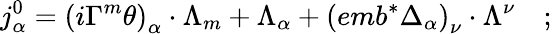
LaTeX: j_{\alpha}^{0}=\left(i\Gamma^{m}\theta\right)_{\alpha}\cdot\Lambda_{m}+\Lambda_{\alpha}+\left(emb^{*}\Delta_{\alpha}\right)_{\nu}\cdot\Lambda^{\nu}\quad;